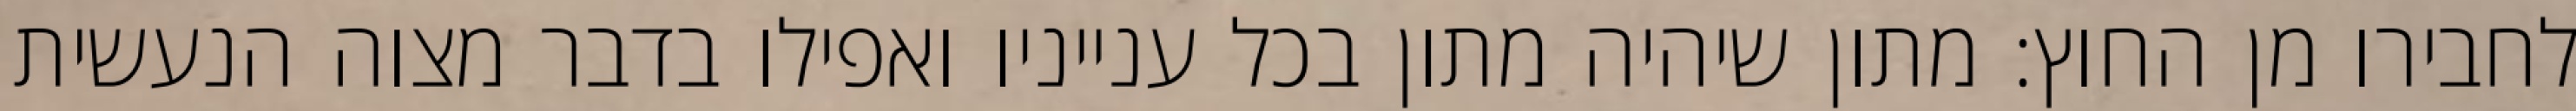
לחבירו מן החוץ: מתון שיהיה מתון בכל ענייניו ואפילו בדבר מצוה הנעשית